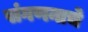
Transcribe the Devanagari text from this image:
संगणनाचे